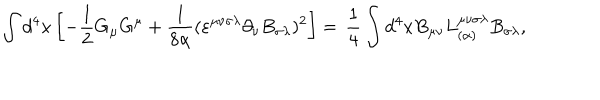
\int d ^ { 4 } x \left[ - \frac { 1 } { 2 } G _ { \mu } G ^ { \mu } + \frac { 1 } { 8 \alpha } ( \varepsilon ^ { \mu \nu \sigma \lambda } \partial _ { \nu } B _ { \sigma \lambda } ) ^ { 2 } \right] = \nonumber \, \frac { 1 } { 4 } \int d ^ { 4 } x B _ { \mu \nu } L _ { ( \alpha ) } ^ { \mu \nu \sigma \lambda } B _ { \sigma \lambda } ,